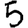
Digit: 5